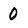
Character: 0